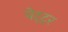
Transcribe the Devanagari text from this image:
वेट्ट्रर